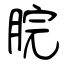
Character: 脘